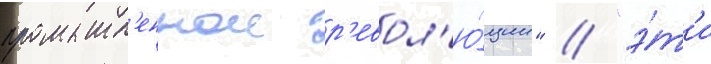
промышл'еннои р'евол'ю́ции" // "э́т'и